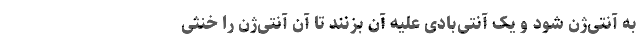
به آنتی‌ژن شود و یک آنتی‌بادی علیه آن بزنند تا آن آنتی‌ژن را خنثی